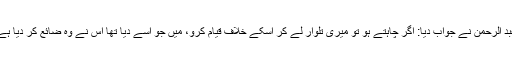
عبد الرحمن نے جواب دیا: اگر چاہتے ہو تو میری تلوار لے کر اسکے خلاف قیام کرو، میں جو اسے دیا تھا اس نے وہ ضائع کر دیا ہے۔